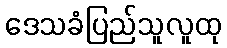
ဒေသခံပြည်သူလူထု